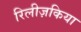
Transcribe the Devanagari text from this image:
रिलीज़किया